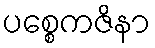
ပစ္စေကဇိနာ